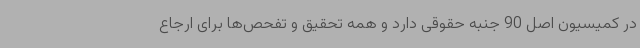
در کمیسیون اصل 90 جنبه حقوقی دارد و همه تحقیق و تفحص‌ها برای ارجاع